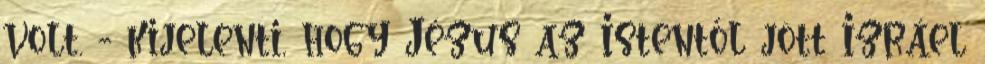
volt. - kijelenti, hogy Jézus az Istentől jött Izráel